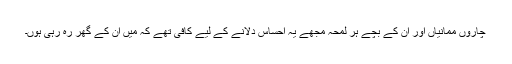
چاروں ممانیاں اور ان کے بچے ہر لمحہ مجھے یہ احساس دلانے کے لیے کافی تھے کہ میں ان کے گھر رہ رہی ہوں۔